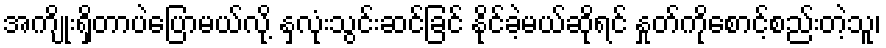
အကျိုးရှိတာပဲပြောမယ်လို့ နှလုံးသွင်းဆင်ခြင် နိုင်ခဲ့မယ်ဆိုရင် နှုတ်ကိုစောင့်စည်းတဲ့သူ၊